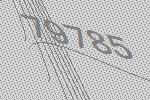
79785